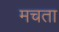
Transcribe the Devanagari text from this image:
मचता